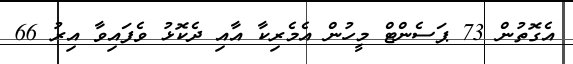
އެގޮތުން 73 ޕަސެންޓް މީހުން އެމެރިކާ އާއި ދެކޮޅު ވެފައިވާ އިރު 66